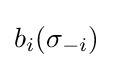
b_{i}(\sigma _{-i})